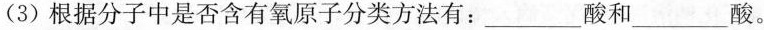
(3)根据分子中是否含有氧原子分类方法有：___酸和___酸。